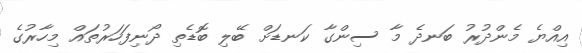
އިއްޔެ މެންދުރު ބަނދެ މާ ސިންގާ ކަނޑަށް ބޭލި ބޮޑެތި ދޯނިފަހަރުތައް މިހާރުގެ